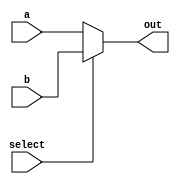
module Mux_32b_2x1(input wire [31:0] a,
				   input wire [31:0] b,
				   input wire select, 
				   output reg[31:0] out);
	reg [2:0] ifid;
	wire [31:0] inst;

	always@(a or b)
	begin
			fetch_possible<=3'b111;
			ifid<=3'b101;		
	end

	always @(*)
	begin 
		if(select)
		begin
			out = b;
		end
		else 
		begin
			out = a;
		end
	end

	always@(*)
	begin
			fetch_possible<=3'b111;
			ifid<=3'b101;		
	end

endmodule